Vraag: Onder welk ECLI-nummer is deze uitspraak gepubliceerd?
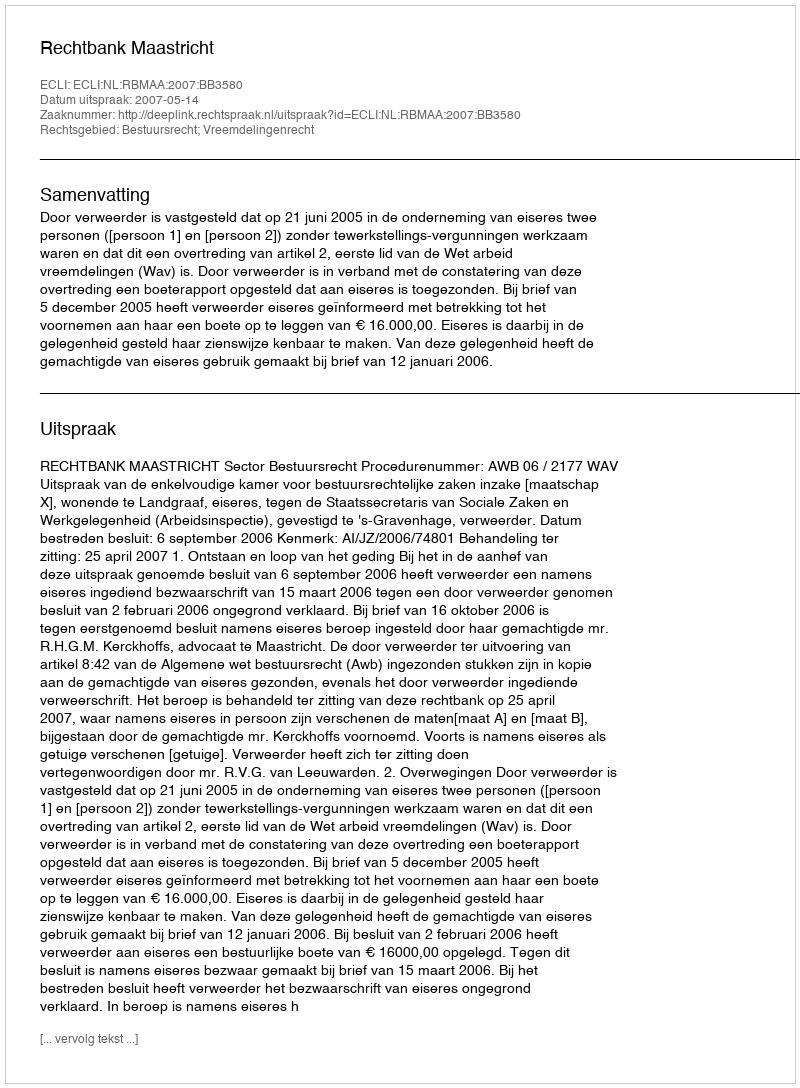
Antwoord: ECLI:NL:RBMAA:2007:BB3580